Elephants and their diseases
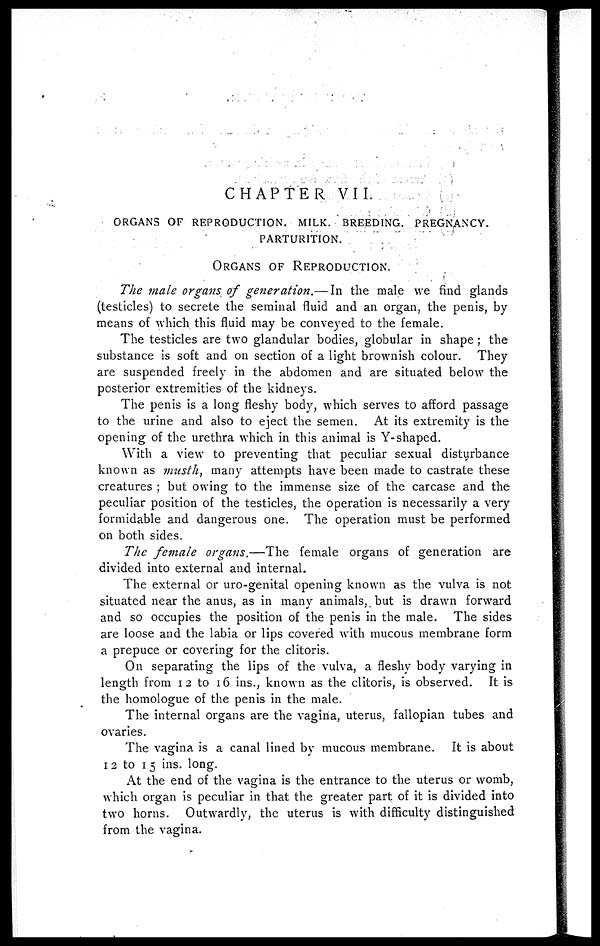
CHAPTER VII.
ORGANS OF REPRODUCTION. MILK. BREEDING. PREGENANCY.
PARTURITION.
ORGANS OF REPRODUCTION.
The male organs of generation.— In the male we find glands
(testicles) to secrete the seminal fluid and an organ, the penis, by
means of which this fluid may be conveyed to the female.
The testicles are two glandular bodies, globular in shape ; the
substance is soft and on section of a light brownish colour. They
are suspended freely in the abdomen and are situated below the
posterior extremities of the kidneys.
The penis is a long fleshy body, which serves to afford passage
to the urine and also to eject the semen. At its extremity is the
opening of the urethra which in this animal is Y-shaped.
With a view to preventing that peculiar sexual disturbance
known as ?musth, many attempts have been made to castrate these
creatures ; but owing to the immense size of the carcase and the
peculiar position of the testicles, the operation is necessarily a very
formidable and dangerous one. The operation must be performed
on both sides.
The female organs.—The
female organs of generation are
divided into external and internal.
The external or uro-genital opening known as the vulva is not
situated near the anus, as in many animals, but is drawn forward
and so occupies the position of the penis in the male. The sides
are loose and the labia or lips covered with mucous membrane form
a prepuce or covering for the clitoris.
On separating the lips of the vulva, a fleshy body varying in
length from 12 to 16 ins., known as the clitoris, is observed. It is
the homologue of the penis in the male.
The internal organs are the vagina, uterus, fallopian tubes and
ovaries.
The vagina is a canal lined by mucous membrane. It is about
1 2 to 15 ins. long.
At the end of the vagina is the entrance to the uterus or womb,
which organ is peculiar in that the greater part of it is divided into
two horns. Outwardly, the uterus is with difficulty distinguished
from the vagina.